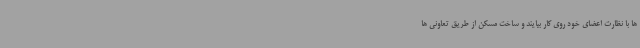
ها با نظارت اعضای خود روی کار بیایند و ساخت مسکن از طریق تعاونی ها